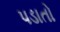
પડાતો